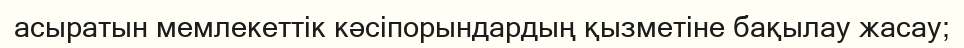
асыратын мемлекеттік кәсіпорындардың қызметіне бақылау жасау;